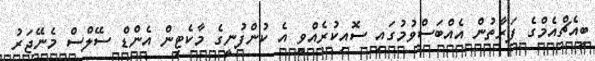
ބީއެޗްއެމްގެ ފަރާތުން އެއްބަސްވުމުގައި ސޮއިކުރެއްވީ އެ ކުންފުނީގެ މާކެޓިން އެންޑް ސޭލްސް މެނޭޖަރު